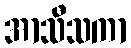
အာသီသကာ